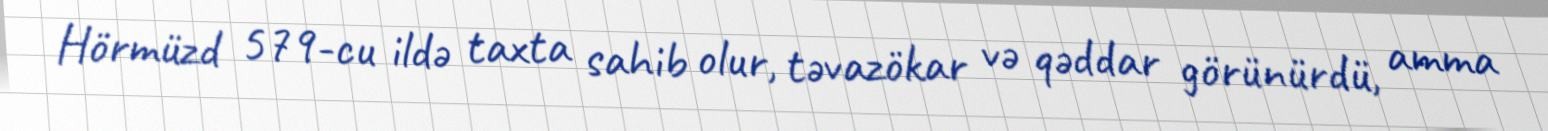
Hörmüzd 579-cu ildə taxta sahib olur, təvazökar və qəddar görünürdü, amma